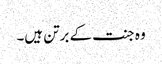
وہ جنت کے برتن ہیں۔